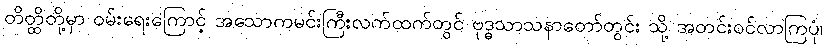
တိတ္ထိတို့မှာ ဝမ်းရေးကြောင့် အသောကမင်းကြီးလက်ထက်တွင် ဗုဒ္ဓသာသနာတော်တွင်း သို့ အတင်းဝင်လာကြပုံ၊